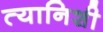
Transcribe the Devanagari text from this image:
त्यानिशी